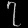
Digit: ၇